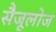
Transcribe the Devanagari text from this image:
सैजूलोज